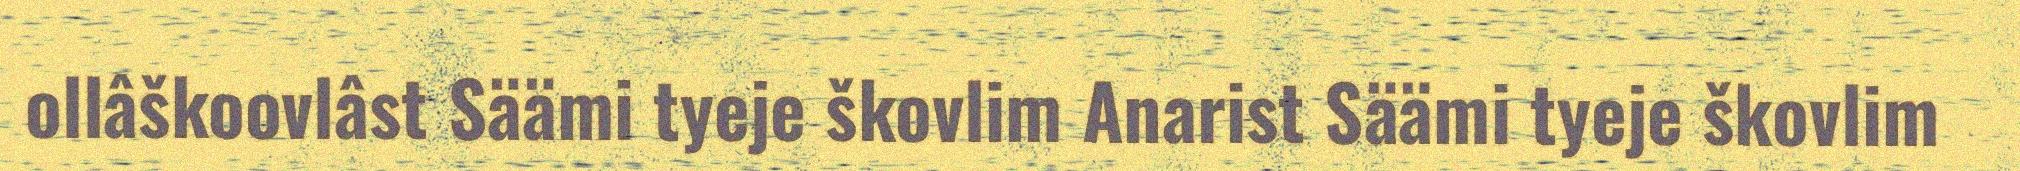
ollâškoovlâst Säämi tyeje škovlim Anarist Säämi tyeje škovlim